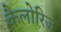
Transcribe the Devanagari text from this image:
कैलोरिज